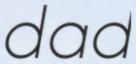
dad